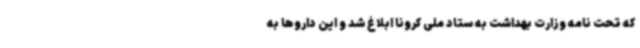
که تحت نامه وزارت بهداشت به ستاد ملی کرونا ابلاغ شد و این داروها به